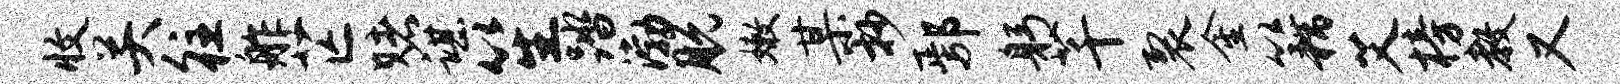
收关往舴芒赌谌笙踏渤脱嫩某抄鄢躬芊裂金籍艾榜教又